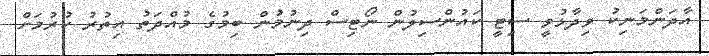
އާދަންމަނިކު ވިދާޅުވީ ސިޓީ ކައުންސިލުން ނޯޓިސް ދިނުމުން ބިމުގެ މުއްދަތު އިތުރު ކުރުމަށް